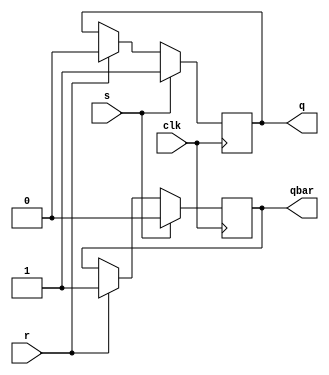
module project10(      //sr flip flop
output reg q, qbar,
input s,r,clk
);
    always@(posedge clk)
    begin
        if(s == 1)
        begin
            q = 1;
            qbar = 0;
        end
        else if(r == 1)
        begin
            q = 0;
            qbar =1;
        end
        else if(s == 0 & r == 0) 
        begin 
            q <= q;
            qbar <= qbar;
        end
    end
endmodule